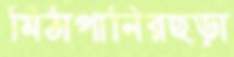
মিঠাপানিরছড়া